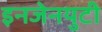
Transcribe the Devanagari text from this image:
इनजेनयुटी